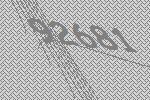
92681